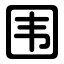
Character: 围